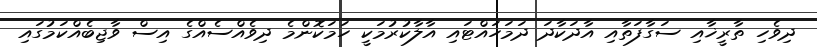
ދިވެހި ތާރީޚާއި ސަގާފަތާއި އާދަކާދަ ދަމަހައްޓައި އާލާކުރުމަކީ ހަމަކޮންމެ ދިވެއްސެއްގެ އިސް ވާޖިބެއްކަމުގައި